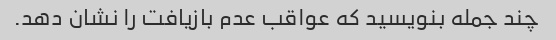
چند جمله بنویسید که عواقب عدم بازیافت را نشان دهد.